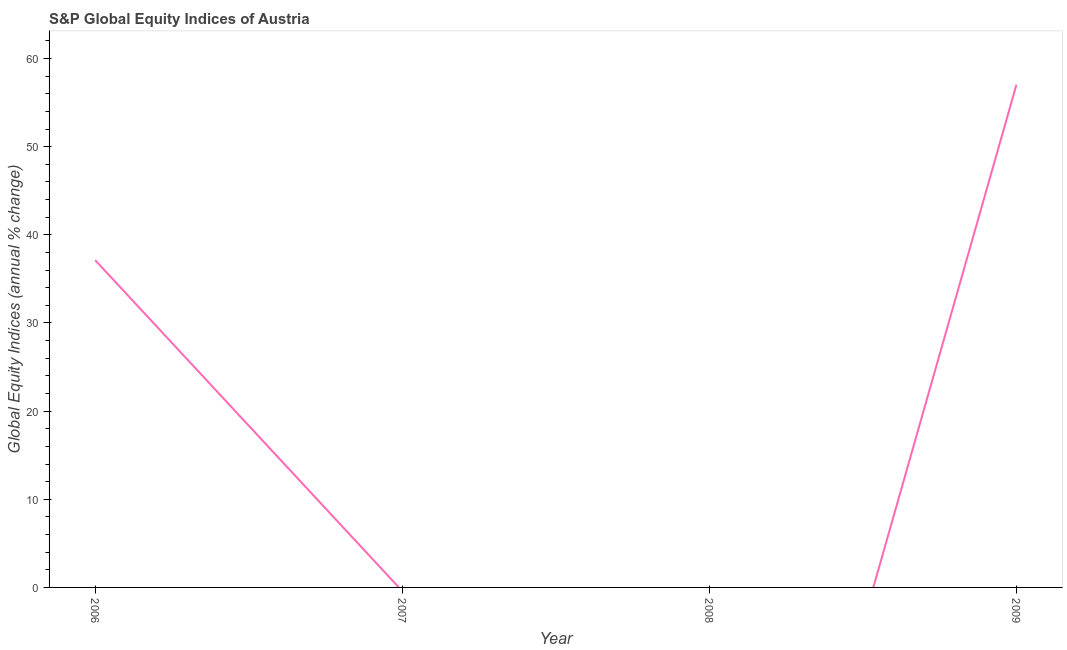
| Year | S&P Global Equity Indices |
 | --- | --- |
 | 2006 | 37.1 |
 | 2007 | -0.419 |
 | 2008 | -65.3 |
 | 2009 | 57 |